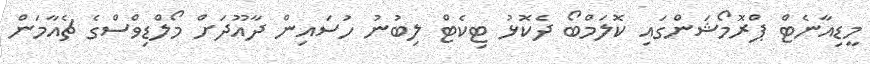
މީޑިއާނެޓް ޕްރޮމޯޝަންގައި ކޮލަމްބޯ ދެކޮޅު ޓިކެޓް ލިބުނު ހުސައިން ދާއޫދަށް މޯލްޑިވްސްގެ ޗެއާމަން